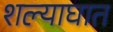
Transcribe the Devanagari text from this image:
शल्याघात